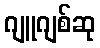
ဂျူဂျစ်ဆု